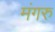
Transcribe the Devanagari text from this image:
मंगरु